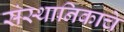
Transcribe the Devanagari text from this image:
संस्थानिकाचे